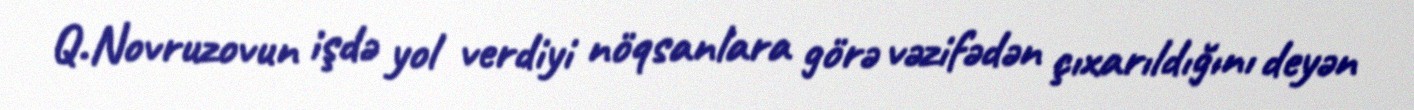
Q.Novruzovun işdə yol verdiyi nöqsanlara görə vəzifədən çıxarıldığını deyən